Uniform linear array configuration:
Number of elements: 48
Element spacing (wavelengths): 0.75
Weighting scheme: exponential
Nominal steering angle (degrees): -30
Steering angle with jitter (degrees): -29.305
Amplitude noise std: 0.05
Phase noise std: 0.05

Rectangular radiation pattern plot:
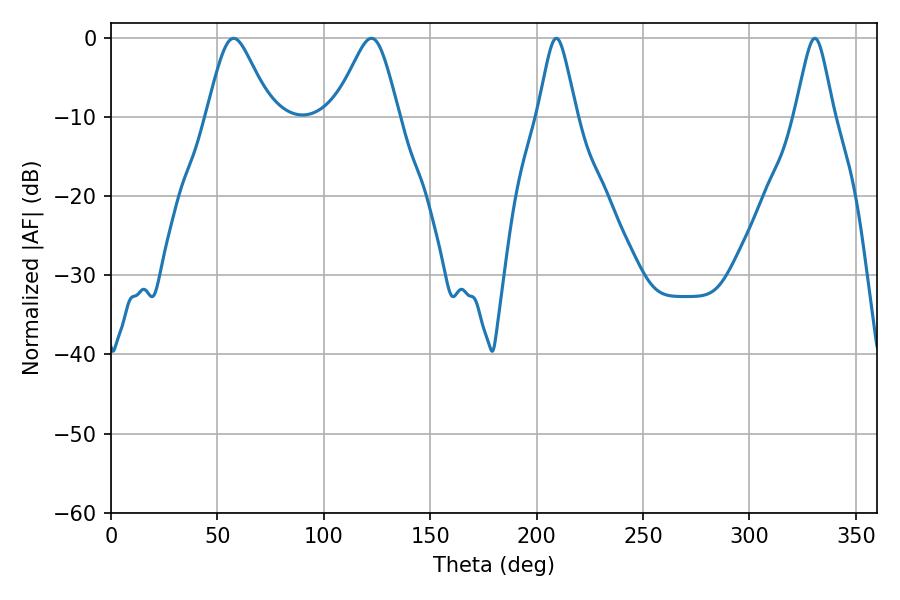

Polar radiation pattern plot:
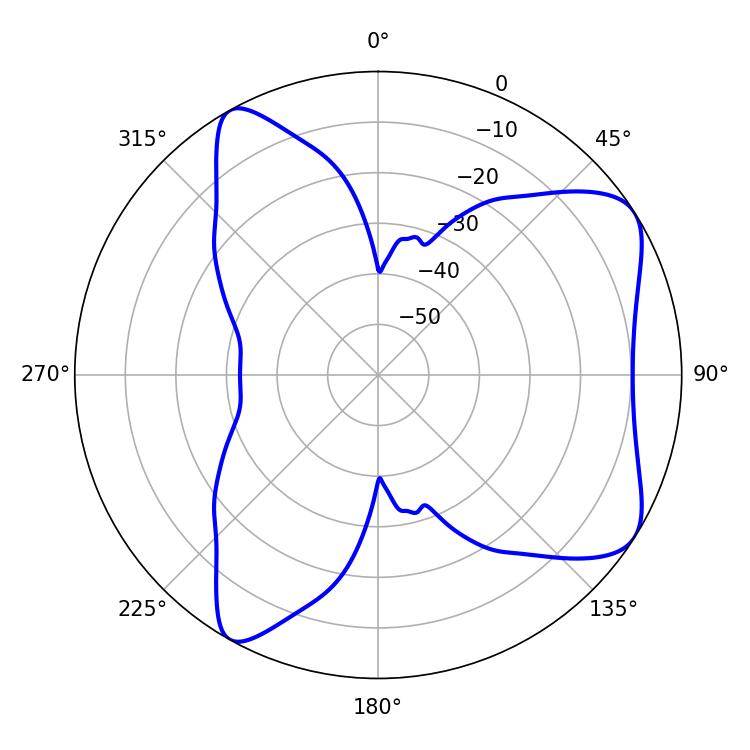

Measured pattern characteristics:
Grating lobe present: TRUE
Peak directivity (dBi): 7.224
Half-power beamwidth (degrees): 14.58
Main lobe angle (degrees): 57.6